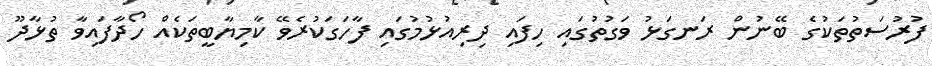
ފުރުސަތުތަކުގެ ބޭނުން ރަނގަޅު ވަގުތުގައި ހިފައި ދިރިއުޅުމުގައި ފާހަގަކުރެވޭ ކާމިޔާބީތަކެއް ހޯދާފައިވާ ތުޅާދޫ